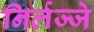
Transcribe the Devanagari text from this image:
निर्लज्जे